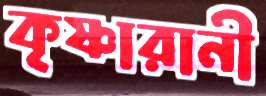
কৃষ্ণারানী